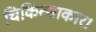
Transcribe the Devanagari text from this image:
चिकित्साकार।